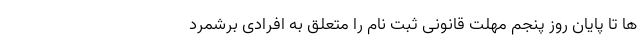
ها تا پایان روز پنجم مهلت قانونی ثبت نام را متعلق به افرادی برشمرد